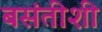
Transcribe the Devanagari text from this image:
बसंतीशी